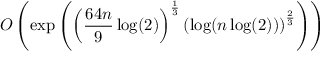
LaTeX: O \left( \exp \left( \left( { \frac { 6 4 n } { 9 } } \log ( 2 ) \right) ^ { \frac { 1 } { 3 } } \left( \log ( n \log ( 2 ) ) \right) ^ { \frac { 2 } { 3 } } \right) \right)